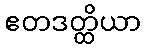
ဧတဒတ္ထိယာ